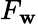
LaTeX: F_{\mathbf{w}}